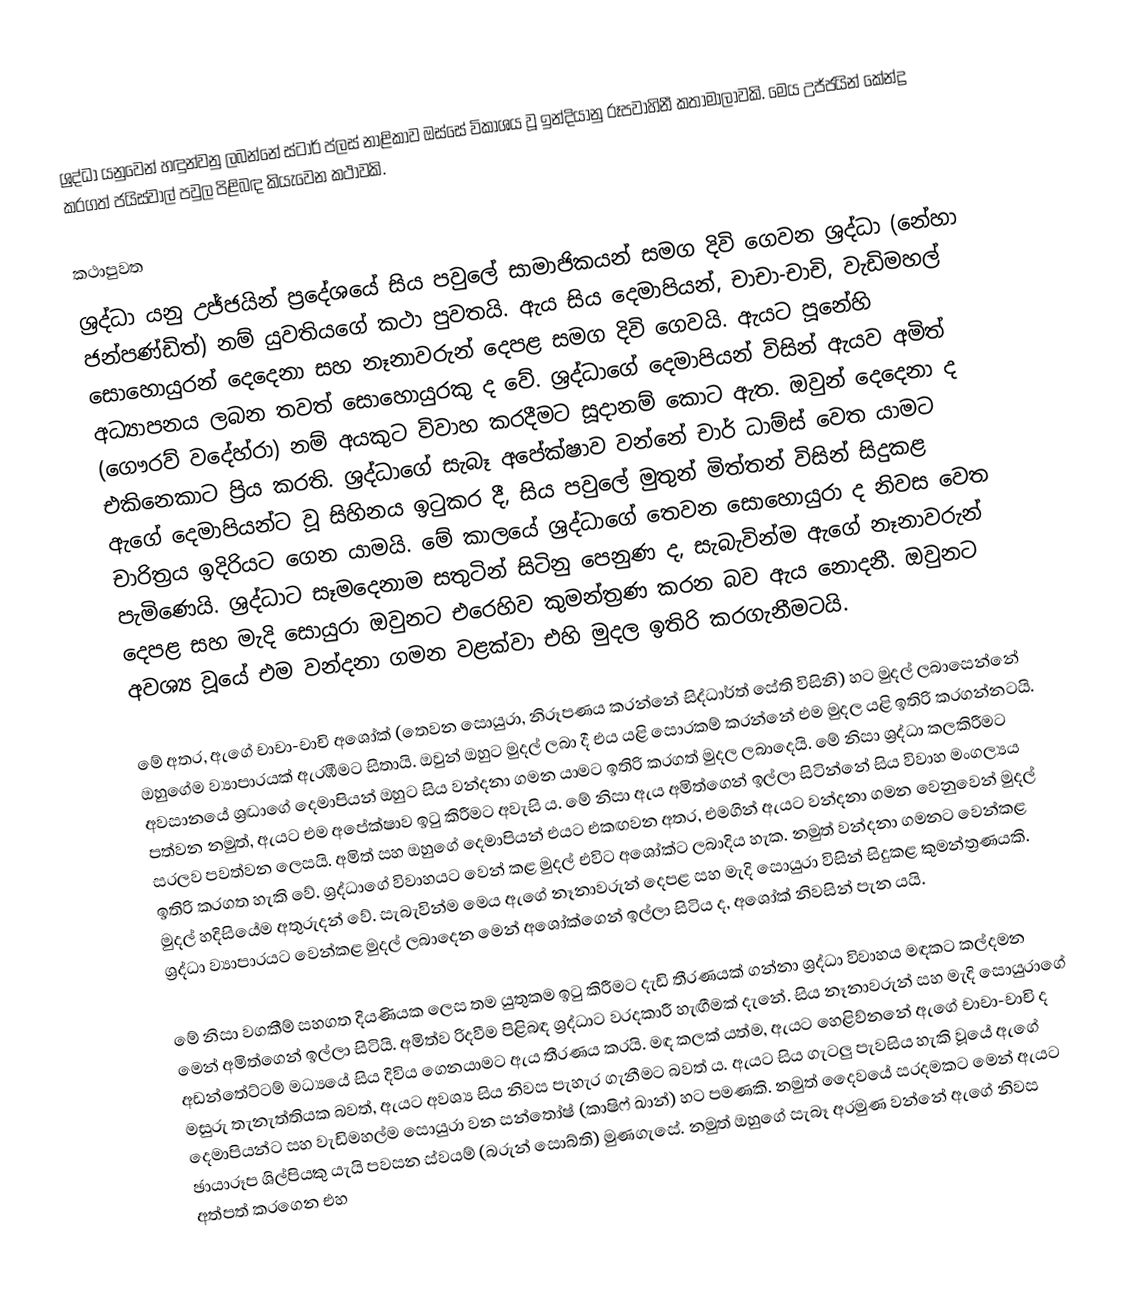
ශ්‍රද්ධා යනුවෙන් හඳුන්වනු ලබන්නේ ස්ටාර් ප්ලස් නාළිකාව ඔස්සේ විකාශය වූ ඉන්දියානු රූපවාහිනී කතාමාලාවකි. මෙය උජ්ජයින් කේන්ද්‍ර කරගත් ජයිස්වාල් පවුල පිළිබඳ කියැවෙන කථාවකි.

කථාපුවත
ශ්‍රද්ධා යනු උජ්ජයින් ප්‍රදේශයේ සිය පවුලේ සාමාජිකයන් සමග දිවි ගෙවන ශ්‍රද්ධා (නේහා ජන්පණ්ඩිත්) නම් යුවතියගේ කථා පුවතයි. ඇය සිය දෙමාපියන්, චාචා-චාචි, වැඩිමහල් සොහොයුරන් දෙදෙනා සහ නෑනාවරුන් දෙපළ සමග දිවි ගෙවයි. ඇයට පූනේහි අධ්‍යාපනය ලබන තවත් සොහොයුරකු ද වේ. ශ්‍රද්ධාගේ දෙමාපියන් විසින් ඇයව අමිත් (ගෞරව් වදේහ්රා) නම් අයකුට විවාහ කරදීමට සූදානම් කොට ඇත. ඔවුන් දෙදෙනා ද එකිනෙකාට ප්‍රිය කරති. ශ්‍රද්ධාගේ සැබෑ අපේක්ෂාව වන්නේ චාර් ධාම්ස් වෙත යාමට ඇගේ දෙමාපියන්ට වූ සිහිනය ඉටුකර දී, සිය පවුලේ මුතුන් මිත්තන් විසින් සිදුකළ චාරිත්‍රය ඉදිරියට ගෙන යාමයි. මේ කාලයේ ශ්‍රද්ධාගේ තෙවන සොහොයුරා ද නිවස වෙත පැමිණෙයි.‍ ශ්‍රද්ධාට සෑමදෙනාම සතුටින් සිටිනු පෙනුණ ද, සැබැවින්ම ඇගේ නෑනාවරුන් දෙපළ සහ මැදි සොයුරා ඔවුනට එරෙහිව කුමන්ත්‍රණ කරන බව ඇය නොදනී. ඔවුනට අවශ්‍ය වූයේ එම වන්දනා ගමන වළක්වා එහි මුදල ඉතිරි කරගැනීමටයි.

මේ අතර, ඇගේ චාචා-චාචි අශෝක් (තෙවන සොයුරා, නිරූපණය කරන්නේ සිද්ධාර්ත් සේති විසිනි) හට මුදල් ලබාසෙන්නේ ඔහුගේම ව්‍යාපාරයක් ඇරඹීමට සිතායි. ඔවුන් ඔහුට මුදල් ලබා දී එය යළි සොරකම් කරන්නේ එම මුදල යළි ඉතිරි කරගන්නටයි. අවසානයේ ශ්‍රද්‍ධාගේ දෙමාපියන් ඔහුට සිය වන්දනා ගමන යාමට ඉතිරි කරගත් මුදල ලබාදෙයි. මේ නිසා ශ්‍රද්ධා කලකිරීමට පත්වන නමුත්, ඇයට එම අපේක්ෂාව ඉටු කිරීමට අවැසි ය. මේ නිසා ඇය අමිත්ගෙන් ඉල්ලා සිටින්නේ සිය විවාහ මංගල්‍යය සරලව පවත්වන ලෙසයි. අමිත් සහ ඔහුගේ දෙමාපියන් එයට එකඟවන අතර, එමගින් ඇයට වන්දනා ගමන වෙනුවෙන් මුදල් ඉතිරි කරගත හැකි වේ. ශ්‍රද්ධාගේ විවාහයට වෙන් කළ මුදල් එවිට අශෝක්ට ලබාදිය හැක. නමුත් වන්දනා ගමනට වෙන්කළ මුදල් හදිසියේම අතුරුදන් වේ. සැබැවින්ම මෙය ඇගේ නෑනාවරුන් දෙපළ සහ මැදි සොයුරා විසින් සිදුකළ කුමන්ත්‍රණයකි. ශ්‍රද්ධා ව්‍යාපාරයට වෙන්කළ මුදල් ලබාදෙන මෙන් අශෝක්ගෙන් ඉල්ලා සිටිය ද, අශෝක් නිවසින් පැන යයි.

මේ නිසා වගකීම් සහගත දියණියක ලෙස තම යුතුකම ඉටු කිරීමට දැඩි තීරණයක් ගන්නා ශ්‍රද්ධා විවාහය මඳකට කල්දමන මෙන් අමිත්ගෙන් ඉල්ලා සිටියි. අමිත්ව රිදවීම පිළිබඳ ශ්‍රද්ධාට වරදකාරී හැඟීමක් දැනේ. සිය නෑනාවරුන් සහ මැදි සොයුරා‍ගේ අඩන්තේට්ටම් මධ්‍යයේ සිය දිවිය ගෙනයාමට ඇය තීරණය කරයි. මඳ කලක් යත්ම, ඇයට හෙළිව්නනේ ඇගේ චාචා-චාචි ද මසුරු තැනැත්තියක බවත්, ඇයට අවශ්‍ය සිය නිවස පැහැර ගැනීමට බවත් ය. ඇයට සිය ගැටලු පැවසිය හැකි වූයේ ඇගේ දෙමාපියන්ට සහ වැඩිමහල්ම සොයුරා වන සන්තෝෂ් (කාෂිෆ් ඛාන්) හට පමණකි. නමුත් දෛවයේ සරදමකට මෙන් ඇයට ඡායාරූප ශිල්පියකු යැයි පවසන ස්වයම් (බරුන් සොබ්ති) මුණගැසේ. නමුත් ඔහුගේ සැබෑ අරමුණ වන්නේ ඇගේ නිවස අත්පත් කරගෙන එහ